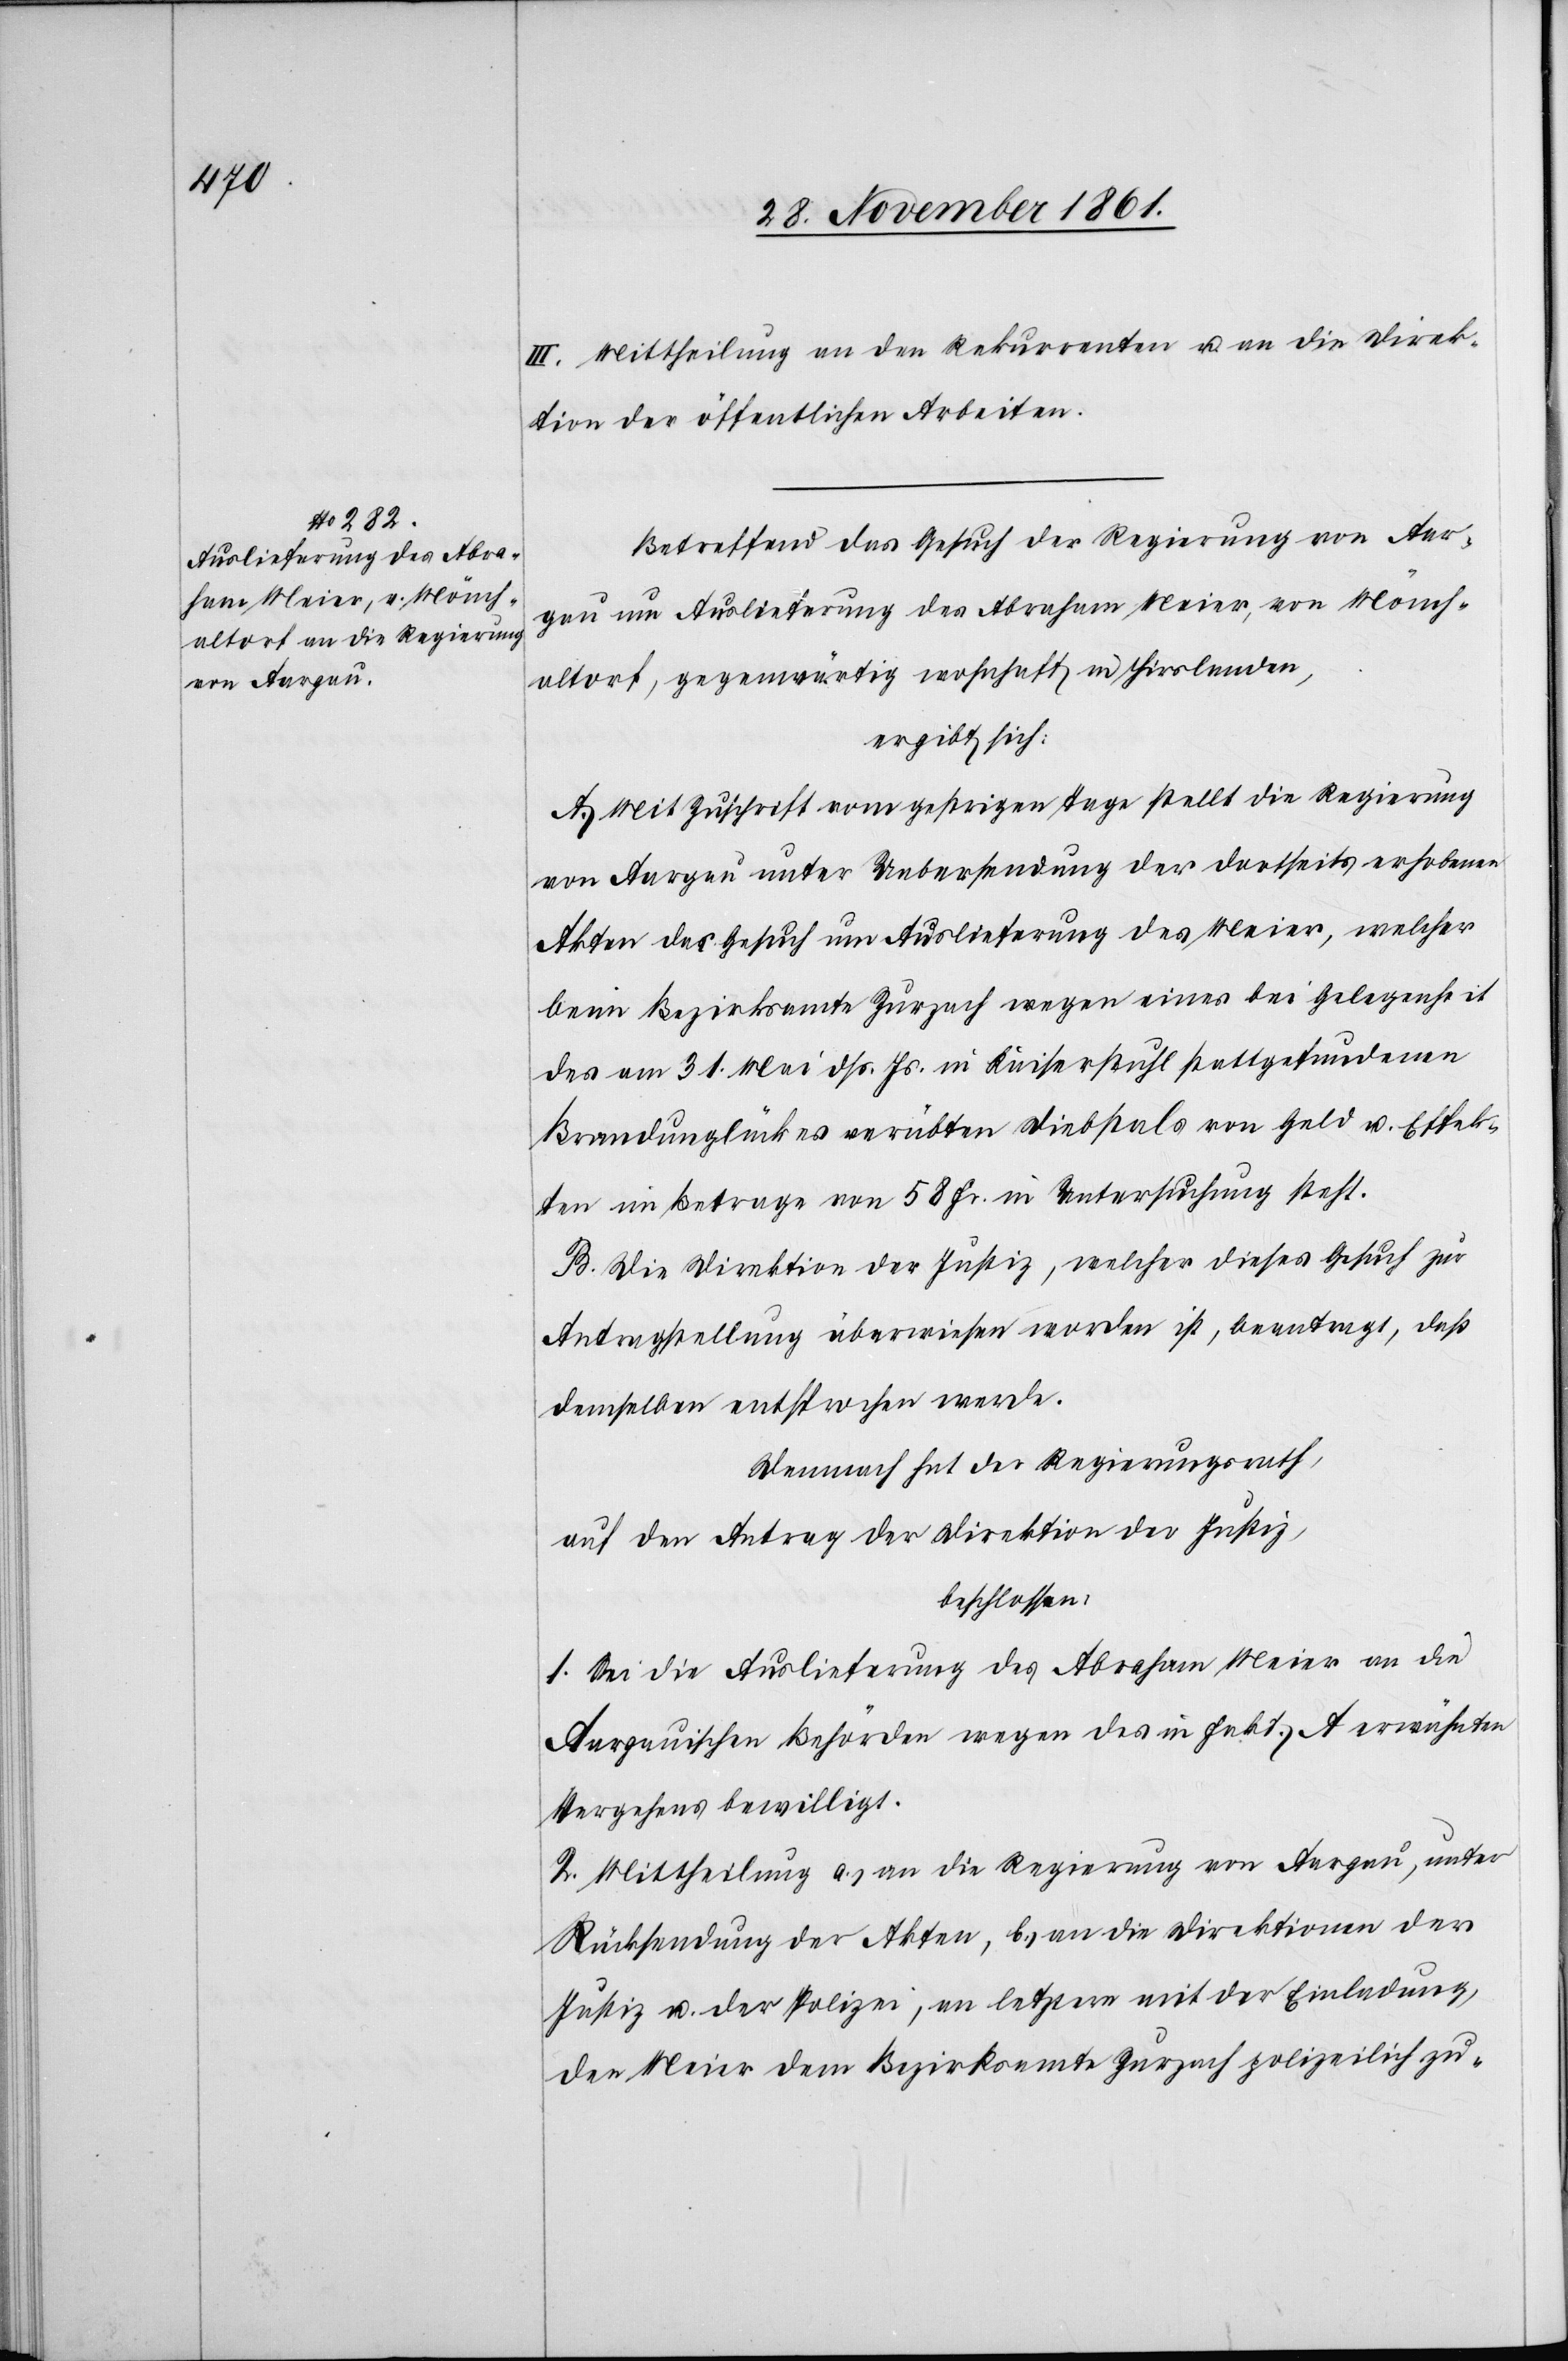
III. Mittheilung an den Rekurrenten u. an die Direk¬
tion der öffentlichen Arbeiten.
Betreffend das Gesuch der Regierung von Aar¬
gau um Auslieferung des Abraham Meier, von Mönch¬
altorf, gegenwärtig wohnhaft in Hirslanden,
ergibt sich:
A. Mit Zuschrift vom gestrigen Tage stellt die Regierung
von Aargau unter Uebersendung der dortseits erhobenen
Akten das Gesuch um Auslieferung des Meier, welcher
beim Bezirksamte Zurzach wegen eines bei Gelegenheit
des am 31 Mai dß. Js. in Kaiserstuhl stattgefundenen
Brandunglückes verübten Diebstals von Geld u. Effek¬
ten im Betrage von 58 Fr. in Untersuchung steht.
B. Die Direktion der Justiz, welcher dieses Gesuch zur
Antragstellung überwiesen worden ist, beantragt, daß
demselben entsprochen werde.
Demnach hat der Regierungsrath,
auf den Antrag der Direktion der Justiz,
beschlossen:
1. Sei die Auslieferung des Abraham Meier an die
Aargauischen Behörden wegen des in Fakt. A erwähnten
Vergehens bewilligt.
2. Mittheilung a.) an die Regierung von Aargau, unter
Rücksendung der Akten, b.) an die Direktionen der
Justiz u. der Polizei, an letztere mit der Einladung,
den Meier dem Bezirksamte Zurzach polizeilich zu-